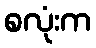
စလုံးက